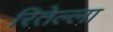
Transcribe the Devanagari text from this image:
रितेल्ला